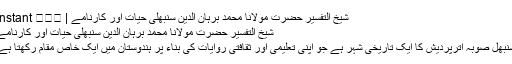
شیخ التفسیر حضرت مولانا محمد برہان الدین سنبھلی حیات اور کارنامے | Instant ख़बर
شیخ التفسیر حضرت مولانا محمد برہان الدین سنبھلی حیات اور کارنامے
سنبھل صوبہ اترپردیش کا ایک تاریخی شہر ہے جو اپنی تعلیمی اور ثقافتی روایات کی بناء پر ہندوستان میں ایک خاص مقام رکھتا ہے۔